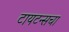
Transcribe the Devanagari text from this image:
टायटन्सचा